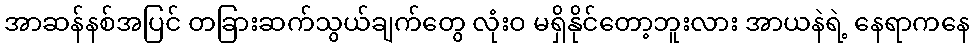
အာဆန်နစ်အပြင် တခြားဆက်သွယ်ချက်တွေ လုံးဝ မရှိနိုင်တော့ဘူးလား အာယနဲရဲ့ နေရာကနေ